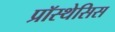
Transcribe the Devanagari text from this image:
प्रॉस्थेसिस